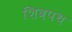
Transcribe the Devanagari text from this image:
शिवपथ